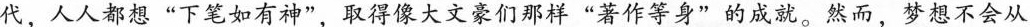
代，人人都想”下笔如有神”，取得像大文豪们那样”著作等身”的成就。然而，梦想不会从